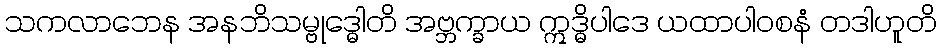
သကလာဘေန အနဘိသမ္ဗုဒ္ဓေါတိ အဗ္ဘက္ခာယ ဣဒ္ဓိပါဒေ ယထာပါဝစနံ တဒါဟူတိ